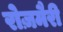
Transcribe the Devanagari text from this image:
रोज़मैरी